Vaccination United Provinces of Agra and Oudh 1914-1922 - 1914-1922
Year: 1914
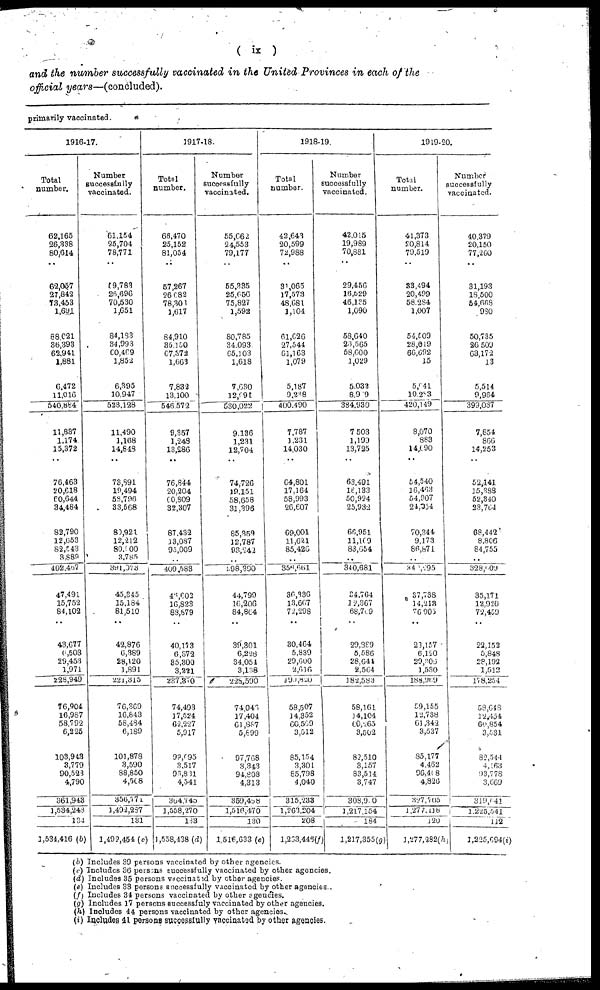
( ix)
and the number successfully vaccinated in the United Provinces in each of the
official years—(concluded).
primarily vaccinated.
1916-17.
Total
number.
62,165
26,338
80,614
..
62,057
27,842
73,453
1,691
88,021
36,393
62.941
1,881
6,472
11,016
540,884
11,837
1,174
15,372
..
76,463
20,618
60,644
34,484
82,790
12,653
82,543
3,889
402,467
47,491
15,752
84,102
..
43,677
6,503
29,453
1,971
228,949
76,904
16,987
58,792
6,225
103,943
3,779
90,523
4,790
361,943
1,534,243
134
1,534,416 (b)
Number
successfully
vaccinated.
61,154
25,704
78,771
..
19,783
26,696
70,530
1,651
84,183
34,993
60,469
1,852
6,395
10,947
528,128
11,490
1,168
14,848
..
73,891
19,494
58,796
33,568
80,921
12,212
80,900
3,785
391,073
45,345
15,184
81,510
..
42,876
6,389
28,120
1,891
221,315
76,369
16,843
58,484
6,189
101,878
3,590
98,850
4,568
356,771
1,492,287
131
1,492,454 (c)
1917-18.
Total
number.
66,470
25,152
81,054
..
57,267
26,682
78,301
1,617
84,910
35,150
67,372
1,663
7,832
13,100
546,572
9,357
1,248
13,286
..
76,844
20,204
60,809
32,307
87,432
13,087
95,009
..
409,583
46,602
16,823
88,879
..
40,l73
6,372
35,300
3,221
237,370
74,493
17,524
62,227
5,917
99,095
3,517
96,831
4,541
364,745
1,558,270
133
1,558,438 (d)
Number
successfully
vaccinated.
55,662
24,553
79,177
..
55,335
25,656
75,827
1,592
80,785
34,093
65,101
1,618
7,680
12,091
530,022
9,136
1,231
12,704
..
74,726
19,151
58,658
31,396
85,359
12,787
93,242
..
398,390
44.799
16,206
84,864
..
39,301
6,228
34,054
3,138
228,590
74,046
17,404
61,887
5,899
97,768
3,343
94,808
4,313
359,458
1,516,470
130
1,516,633 (e)
1918-19
Total
number.
42,643
20,599
72,988
..
31,065
17,573
48,681
1,104
61,026
27,544
61,163
1,079
5,187
9,238
400,490
7,787
1,231
14,030
..
64,801
17,164
58,993
26,607
69,001
11,621
85,426
..
356,661
36,336
13,667
72,298
..
30,464
5,839
29,600
2,616
490,820
58,507
14,352
66,569
3,512
85,154
3,301
85,798
4,040
315,233
1,263,204
208
1,233,446(f)
Number
successfully
vaccinated.
42,015
19,989
70,881
..
29,456
16,629
46,135
1,090
58,640
26,565
58,600
1,029
5,033
8,909
384,930
7,503
1,190
13,725
..
63,491
16,133
50,924
25,932
66,951
11,169
83,654
..
340,681
34,764
12,367
68,709
..
29,389
5,586
28,644
2,564
182,583
58,161
14,104
60,265
3,502
82,510
3,157
83,514
3,747
308,900
1,217,154
184
1,217,355(g)
1919-20.
Total
number.
41,373
20,814
79,519
..
33,494
20,499
58,284
1,007
54,509
28,019
66,692
15
5,641
10,283
420,149
8,070
883
14,690
..
54,540
16,463
54,907
24,054
70,344
9,173
86,871
..
340,295
37,738
14,213
76,905
..
23,157
6,120
29,306
1,530
188,969
59,155
12,738
61,342
3,537
85,177
4,462
96,408
4,826
327,705
1,277,118
120
1,277,382(h)
Number
successfully
vaccinated.
40,379
20,150
77,260
..
31,193
18,500
54,668
980
50,735
26,509
63,172
13
5,514
9,964
399,037
7,854
966
14,253
..
52,141
15,388
52,340
23,764
68,442
8,806
84,755
..
328,009
35,171
12,920
72,459
..
22,152
6,848
28,192
1,512
178,254
58,648
12,454
60,854
3,531
82,544
4,163
93,778
3,669
319,641
1,225.541
112
1,225,694(i)
(b) Includes 39 persons vaccinated by other agencies.
(c) Includes 36 persons successfully vaccinated by other agencies.
(d) Includes 35 persons vaccinted by other agencies.
(e) Includes 33 persons successfully vaccinated by other agencies .
(f) Includes 34 persons vaccinated by other agencies.
(g) Includes 17 persons successfuly vaccinated by other agencies.
(h) Includes 44 persons vaccinated by other agencies.
(i) Includes 41 persons successfully vaccinated by other agencies.